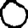
Digit: 0